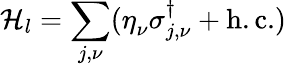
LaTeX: \mathcal{H}_{l}=\sum_{j,\nu}(\eta_{\nu}^{\phantom{\dagger}}\sigma_{j,\nu}^{\dagger}+\mathrm{h.c.})